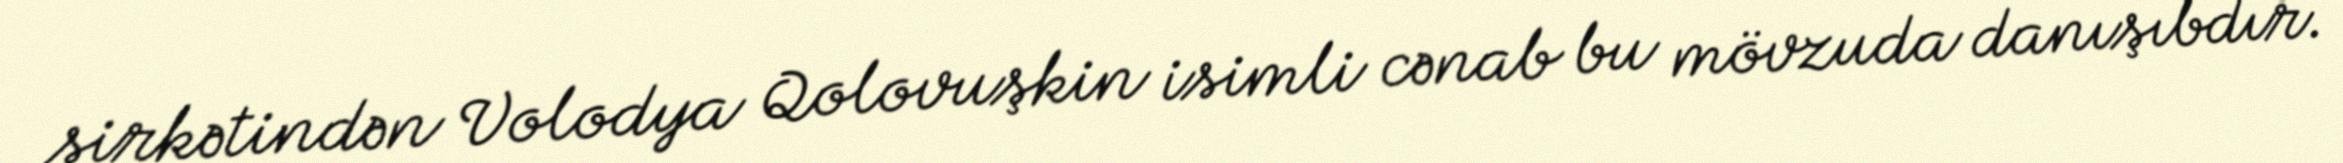
şirkətindən Volodya Qolovuşkin isimli cənab bu mövzuda danışıbdır.